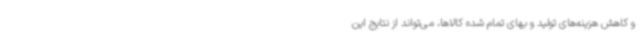
و کاهش هزینه‌های تولید و بهای تمام شده کالاها، می‌تواند از نتایج این